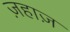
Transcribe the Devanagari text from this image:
ज़हाज़